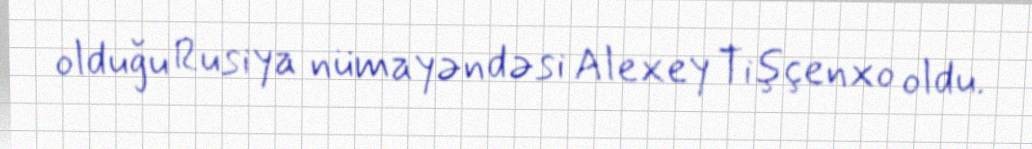
olduğu Rusiya nümayəndəsi Alexey Tişçenxo oldu.